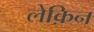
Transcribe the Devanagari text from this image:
लेक़िन